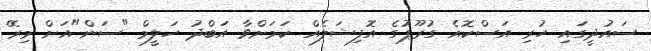
ސައުދީގައި ހުރި އަސްކޮއެ ގުރޫޕުގެ އޮފިޝަލެއް ކަމަށްވާ އަބްދު ހަލީމް "ސަން"އަށް މިރޭ